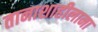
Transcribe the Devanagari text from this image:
तानाशाहीलाना